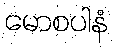
မောစပါနံ